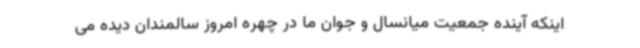
اینکه آینده جمعیت میانسال و جوان ما در چهره امروز سالمندان دیده می